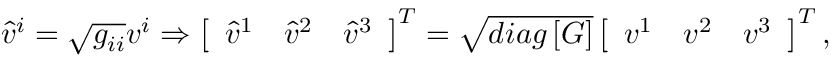
\begin{array} { r } { \hat { v } ^ { i } = \sqrt { g _ { i i } } v ^ { i } \Rightarrow \left[ \begin{array} { l l l } { \hat { v } ^ { 1 } } & { \hat { v } ^ { 2 } } & { \hat { v } ^ { 3 } } \end{array} \right] ^ { T } = \sqrt { d i a g \left[ \boldsymbol { G } \right] } \left[ \begin{array} { l l l } { v ^ { 1 } } & { v ^ { 2 } } & { v ^ { 3 } } \end{array} \right] ^ { T } , } \end{array}